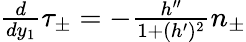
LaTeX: \begin{array}{r}{\frac{d}{dy_{1}}\tau_{\pm}=-\frac{h^{\prime\prime}}{1+(h^{\prime})^{2}}n_{\pm}}\end{array}